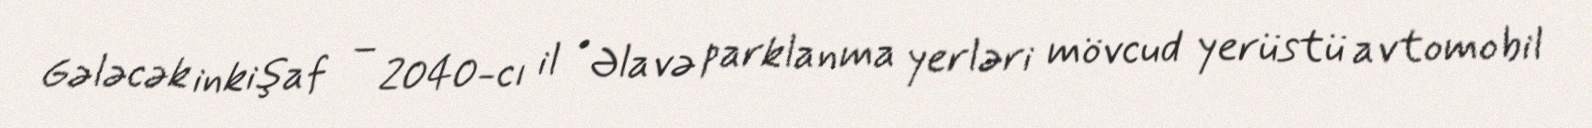
Gələcək inkişaf – 2040-cı il • Əlavə parklanma yerləri mövcud yerüstü avtomobil